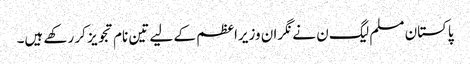
پاکستان مسلم لیگ ن نے نگران وزیراعظم کے لیے تین نام تجویز کر رکھے ہیں۔